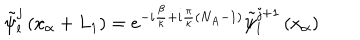
{ \tilde { \psi } } _ { l } ^ { j } \left( x _ { \alpha } + L _ { 1 } \right) = e ^ { - i \frac { \beta } { \kappa } + i \frac { \pi } { \kappa } \left( N _ { A } - 1 \right) } { \tilde { \psi } } _ { l } ^ { j + 1 } \left( x _ { \alpha } \right)